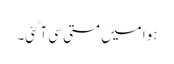
ہوا میں مستی سی آگئی۔